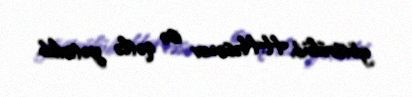
götürülüb, H.Həsənov isə qətlə yetirilib.